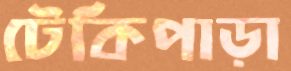
টেকিপাড়া